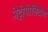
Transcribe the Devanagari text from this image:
मेट्रोपोलिटोण